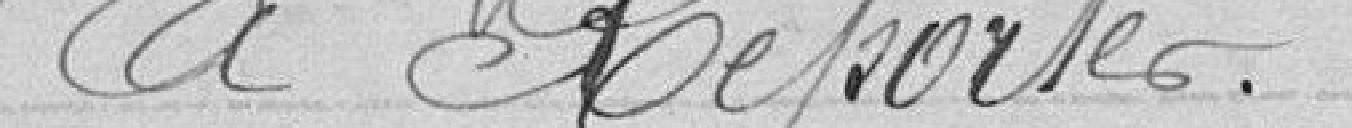
A reporter.